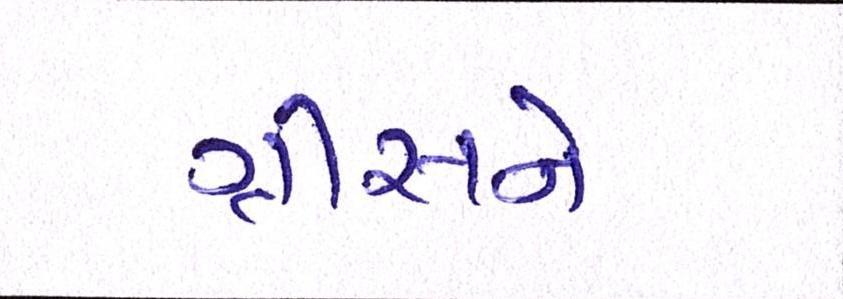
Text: ગ્રીસને